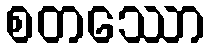
စတဿော